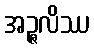
အဉ္ဇလိဿ